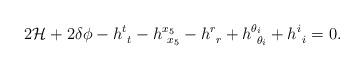
LaTeX: \begin{align*}2 {\cal H} + 2 \delta \phi -h^t_{~t} - h^{x_5}_{~x_5} - h^r_{~r}+h^{\theta_i}_{~\theta_i} + h^i_{~i} =0.\end{align*}